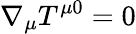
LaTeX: \nabla_{\mu}T^{\mu 0}=0